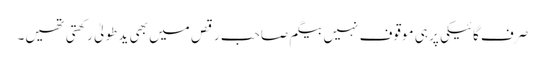
صرف گائیکی پر ہی موقوف نہیں بیگم صاحب رقص میں بھی ید طولیٰ رکھتی تھیں۔